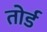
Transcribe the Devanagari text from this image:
तोर्ड